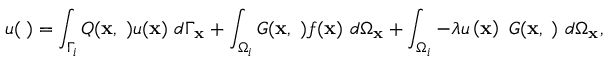
u ( { \mathbf \xi } ) = \int _ { \Gamma _ { i } } Q ( \mathbf { x } , { \mathbf \xi } ) u ( \mathbf { x } ) \ d \Gamma _ { \mathbf { x } } + \int _ { \Omega _ { i } } G ( \mathbf { x } , { \mathbf \xi } ) f ( \mathbf { x } ) \ d \Omega _ { \mathbf { x } } + \int _ { \Omega _ { i } } - \lambda u \left( \mathbf { x } \right) \ G ( \mathbf { x } , { \mathbf \xi } ) \ d \Omega _ { \mathbf { x } } ,